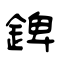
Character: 錍